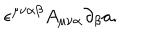
\epsilon ^ { \mu \nu \alpha \beta } A _ { \mu \nu \alpha } \partial _ { \beta } a .